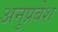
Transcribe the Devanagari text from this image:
अनुप्रबेश